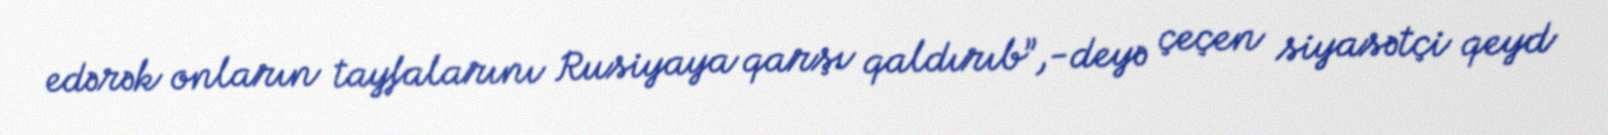
edərək onların tayfalarını Rusiyaya qarşı qaldırıb”,-deyə çeçen siyasətçi qeyd